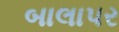
બાલાપર